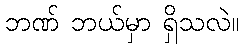
ဘဏ် ဘယ်မှာ ရှိသလဲ။